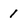
Character: 1